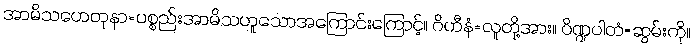
အာမိသဟေတုနာ=ပစ္စည်းအာမိသဟူသောအကြောင်းကြောင့်။ ဂိဟီနံ=လူတို့အား။ ပိဏ္ဍပါတံ=ဆွမ်းကို။